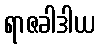
ရာဇခါဒါယ